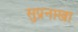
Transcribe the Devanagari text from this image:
सुप्रनाखा